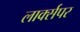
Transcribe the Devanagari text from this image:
लार्क्सपर